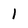
Character: 1